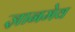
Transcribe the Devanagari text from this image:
ज्ञानमेव